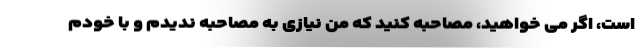
است، اگر می خواهید، مصاحبه کنید که من نیازی به مصاحبه ندیدم و با خودم